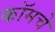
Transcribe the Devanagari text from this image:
कॉमचे